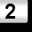
Digit: 2